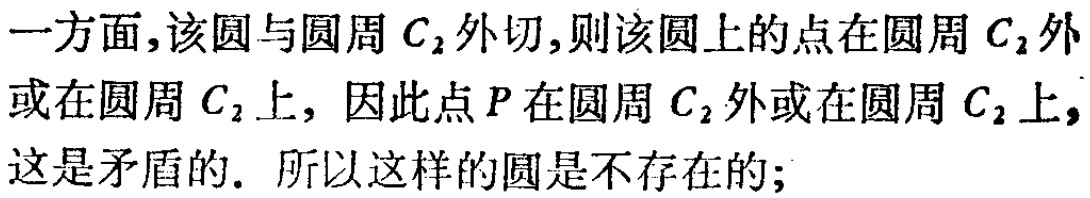
一方面,该圆与圆周 \(C_{2}\) 外切,则该圆上的点在圆周 \(C_{2}\) 外或在圆周 \(C_{2}\) 上, 因此点 \(P\) 在圆周 \(C_{2}\) 外或在圆周 \(C_{2}\) 上,这是矛盾的. 所以这样的圆是不存在的;